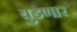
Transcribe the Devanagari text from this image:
बुडणार